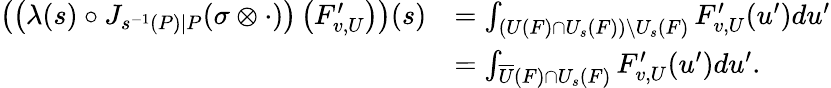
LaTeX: \begin{array}{rl}{\left(\left(\lambda(s)\circ J_{s^{-1}(P)\mid P}(\sigma\otimes\cdot)\right)\left(F_{v,U}^{\prime}\right)\right)(s)}&{=\int_{\left(U(F)\cap U_{s}(F)\right)\backslash U_{s}(F)}F_{v,U}^{\prime}(u^{\prime})du^{\prime}}\\ &{=\int_{\overline{{U}}(F)\cap U_{s}(F)}F_{v,U}^{\prime}(u^{\prime})du^{\prime}.}\end{array}